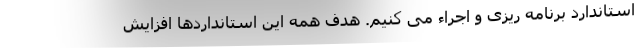
استاندارد برنامه ریزی و اجراء می کنیم. هدف همه این استانداردها افزایش